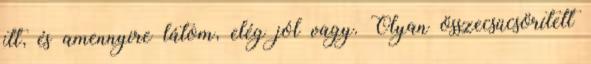
itt, és amennyire látom, elég jól vagy. Olyan összecsücsörített